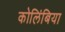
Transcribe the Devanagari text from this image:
कोलिंबिया